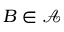
B \in { \mathcal { A } }